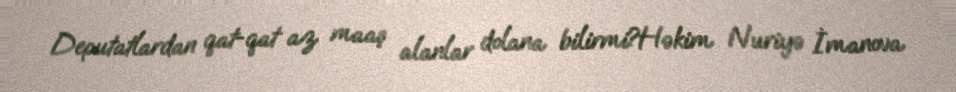
Deputatlardan qat-qat az maaş alanlar dolana bilirmi?Həkim Nuriyə İmanova